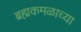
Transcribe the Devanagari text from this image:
ब्रह्मकमळाच्या